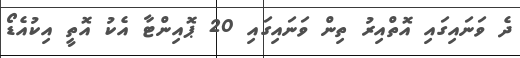
ދެ ވަނައިގައި އޮތްއިރު ތިން ވަނައިގައި 20 ޕޮއިންޓާ އެކު އޮތީ އިކުއެޑޯ